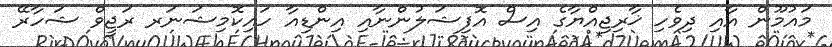
މައުމޫން އާއި ދިވެހި ޚާރިޖިއްޔާގެ އިސް އޮފިޝަލުންނާއި އިންޑިއާ ހައިކޮމިޝަނަރ ރަޖީވް ޝަހާރޭ